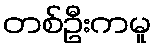
တစ်ဦးကမူ